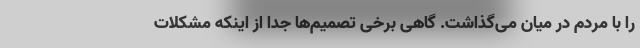
را با مردم در میان می‌گذاشت. گاهی برخی تصمیم‌ها جدا از اینکه مشکلات